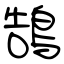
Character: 鵠